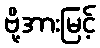
ဗို့အားမြင့်